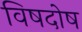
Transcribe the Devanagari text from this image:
विषदोष